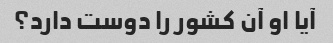
آیا او آن کشور را دوست دارد؟